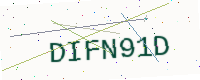
Text: DIFN91D